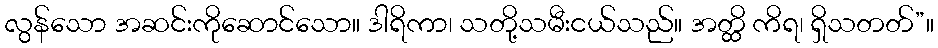
လွန်သော အဆင်းကိုဆောင်သော။ ဒါရိကာ၊ သတို့သမီးငယ်သည်။ အတ္ထိ ကိရ၊ ရှိသတတ်”။